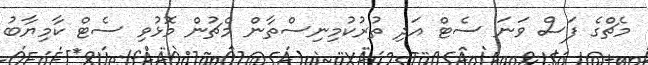
މެޗްގެ ފަސް ވަނަ ސެޓް އަދި ތުރުކުމިނިސްތާން މެޗުން މޮޅުވި ސެޓް ކާމިޔާބު